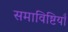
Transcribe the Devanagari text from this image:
समाविष्टियाँ